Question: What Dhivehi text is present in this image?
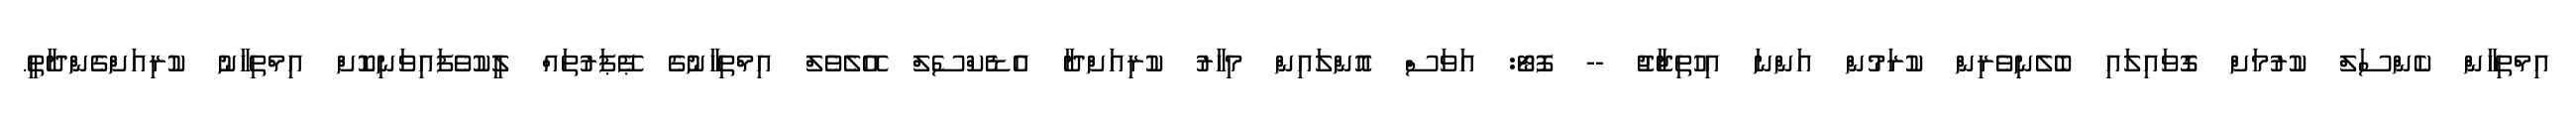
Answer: އިމްތިހާން ކެންސަލް ކުރުމަށް ގޮވައިލައި ބެލެނިވެރިން ކުރަމުން އަންނަ އިހުތިޖާޖު -- ފޮޓޯ: އަވަސް އޮންލައިން މިހާރު ކުރިއަށްދާ އެޑެކްސެލް އޭލެވެލް އިމްތިހާނުގެ ޕޭޕަރުތައް ލީކުވެފައިވަނިކޮށް އިމްތިހާނު ކުރިއަށްގެންދާތީ.